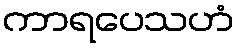
ကာရပေသဟံ